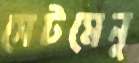
সেটমেনু